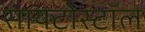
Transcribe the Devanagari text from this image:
सायटोस्टॉल